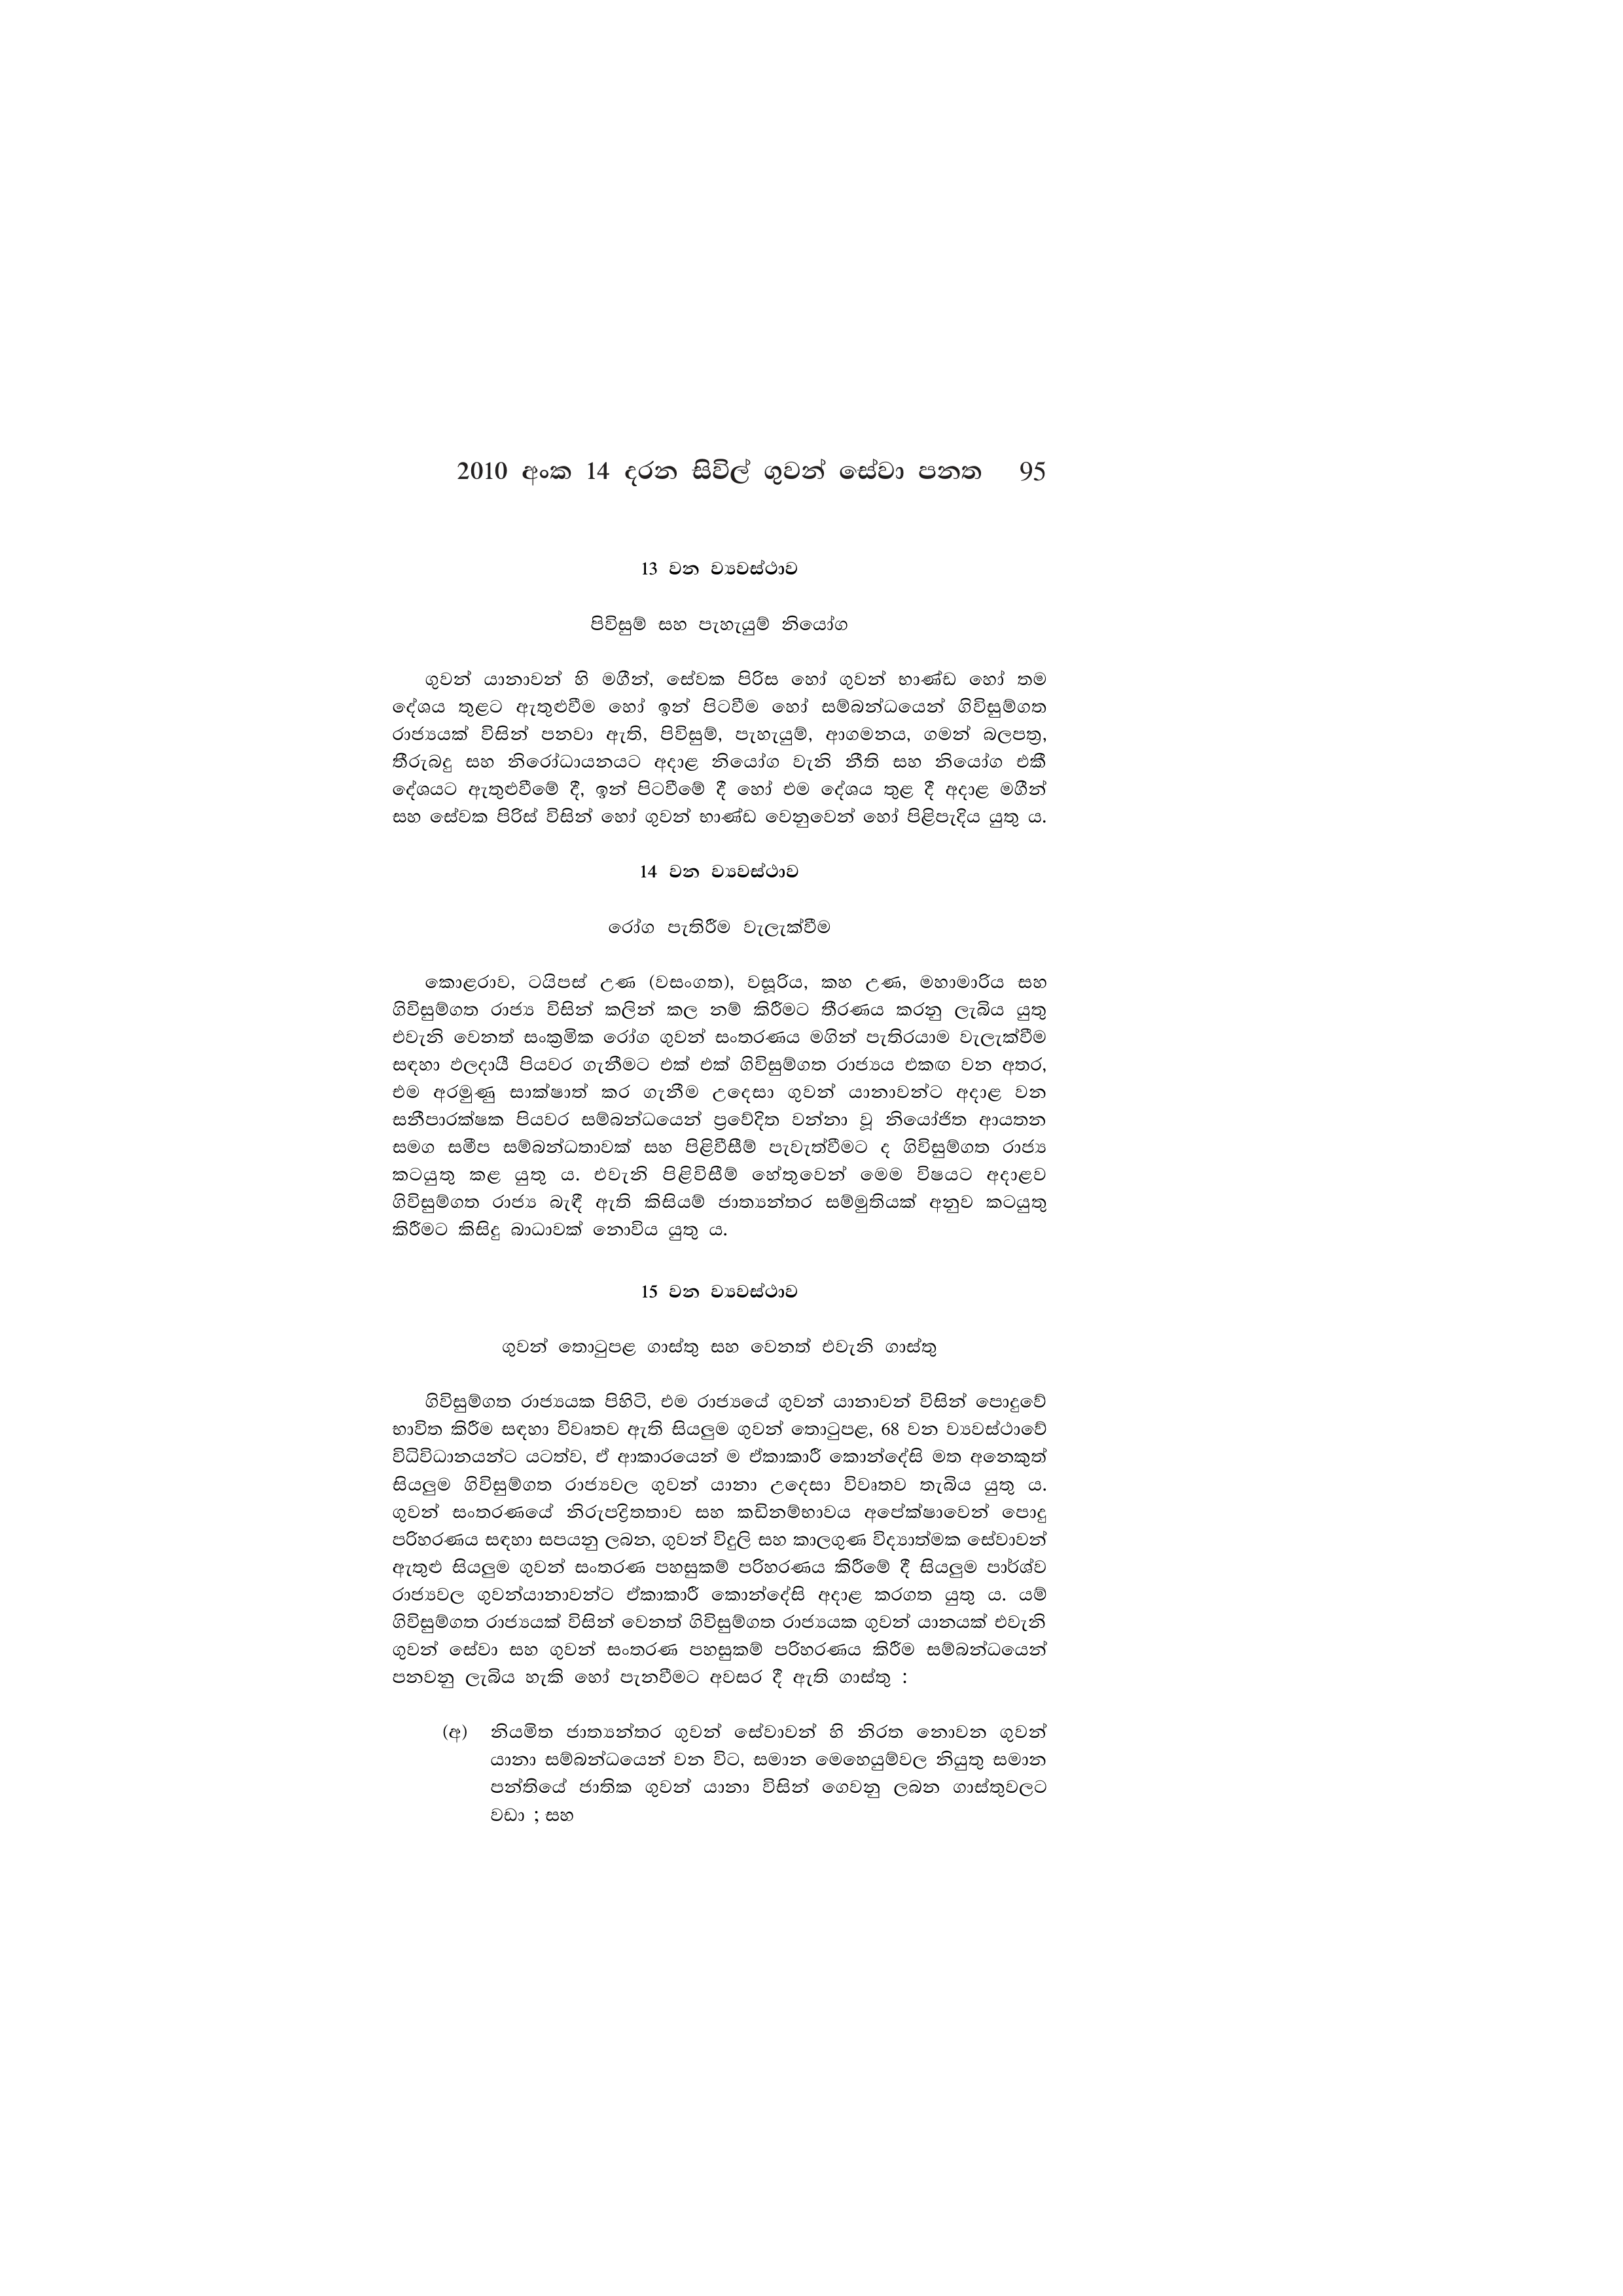
2010 අංක 14 දරන සිවිල් ගුවන් සේවා පනත 95

13 වන ව්‍යවස්ථාව

පිවිසුම් සහ පැහැයුම් නියෝග

ගුවන් යානාවන් හි මගීන්, සේවක පිරිස හෝ ගුවන් භාණ්ඩ හෝ තම
දේශය තුළට ඇතුළුවීම හෝ ඉන් පිටවීම හෝ සම්බන්ධයෙන් ගිවිසුම්ගත
රාජ්‍යයක් විසින් පනවා ඇති, පිවිසුම්, පැහැයුම්, ආගමනය, ගමන් බලපත්‍ර,
තීරුබදු සහ නිරෝධායනයට අදාළ නියෝග වැනි නීති සහ නියෝග එකී
දේශයට ඇතුළුවීමේ දී, ඉන් පිටවීමේ දී හෝ එම දේශය තුළ දී අදාළ මගීන්
සහ සේවක පිරිස් විසින් හෝ ගුවන් භාණ්ඩ වෙනුවෙන් හෝ පිළිපැදිය යුතු ය.

14 වන ව්‍යවස්ථාව

රෝග පැතිරීම වැලැක්වීම

කොළරාව, ටයිපස් උණ (වසංගත), වසූරිය, කහ උණ, මහාමාරිය සහ
ගිවිසුම්ගත රාජ්‍ය විසින් කලින් කල නම් කිරීමට තීරණය කරනු ලැබිය යුතු
එවැනි වෙනත් සංක්‍රමික රෝග ගුවන් සංතරණය මගින් පැතිරයාම වැලැක්වීම
සඳහා ඵලදායී පියවර ගැනීමට එක් එක් ගිවිසුම්ගත රාජ්‍යය එකඟ වන අතර,
එම අරමුණු සාක්ෂාත් කර ගැනීම උදෙසා ගුවන් යානාවන්ට අදාළ වන
සනීපාරක්ෂක පියවර සම්බන්ධයෙන් ප්‍රවේදිත වන්නා වූ නියෝජිත ආයතන
සමග සමීප සම්බන්ධතාවක් සහ පිළිවීසීම් පැවැත්වීමට ද ගිවිසුම්ගත රාජ්‍ය
කටයුතු කළ යුතු ය. එවැනි පිළිවිසීම් හේතුවෙන් මෙම විෂයට අදාළව
ගිවිසුම්ගත රාජ්‍ය බැඳී ඇති කිසියම් ජාත්‍යන්තර සම්මුතියක් අනුව කටයුතු
කිරීමට කිසිදු බාධාවක් නොවිය යුතු ය.

15 වන ව්‍යවස්ථාව

ගුවන් තොටුපළ ගාස්තු සහ වෙනත් එවැනි ගාස්තු

ගිවිසුම්ගත රාජ්‍යයක පිහිටි, එම රාජ්‍යයේ ගුවන් යානාවන් විසින් පොදුවේ
භාවිත කිරීම සඳහා විවෘතව ඇති සියලුම ගුවන් තොටුපළ, 68 වන ව්‍යවස්ථාවේ
විධිවිධානයන්ට යටත්ව, ඒ ආකාරයෙන් ම ඒකාකාරී කොන්දේසි මත අනෙකුත්
සියලුම ගිවිසුම්ගත රාජ්‍යවල ගුවන් යානා උදෙසා විවෘතව තැබිය යුතු ය.
ගුවන් සංතරණයේ නිරුපද්‍රිතතාව සහ කඩිනම්භාවය අපේක්ෂාවෙන් පොදු
පරිහරණය සඳහා සපයනු ලබන, ගුවන් විදුලි සහ කාලගුණ විද්‍යාත්මක සේවාවන්
ඇතුළු සියලුම ගුවන් සංතරණ පහසුකම් පරිහරණය කිරීමේ දී සියලුම පාර්ශ්ව
රාජ්‍යවල ගුවන්යානාවන්ට ඒකාකාරී කොන්දේසි අදාළ කරගත යුතු ය. යම්
ගිවිසුම්ගත රාජ්‍යයක් විසින් වෙනත් ගිවිසුම්ගත රාජ්‍යයක ගුවන් යානයක් එවැනි
ගුවන් සේවා සහ ගුවන් සංතරණ පහසුකම් පරිහරණය කිරීම සම්බන්ධයෙන්
පනවනු ලැබිය හැකි හෝ පැනවීමට අවසර දී ඇති ගාස්තු :

(අ) නියමිත ජාත්‍යන්තර ගුවන් සේවාවන් හි නිරත නොවන ගුවන්
යානා සම්බන්ධයෙන් වන විට, සමාන මෙහෙයුම්වල නියුතු සමාන
පන්තියේ ජාතික ගුවන් යානා විසින් ගෙවනු ලබන ගාස්තුවලට
වඩා ; සහ